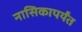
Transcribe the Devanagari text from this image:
नासिकापर्यंत